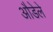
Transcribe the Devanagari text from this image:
औडेले